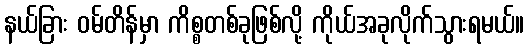
နယ်ခြား ဝမ်တိန်မှာ ကိစ္စတစ်ခုဖြစ်လို့ ကိုယ်အခုလိုက်သွားရမယ်။